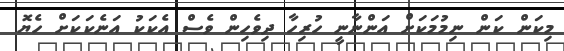
މިކަން ކަން ނިމުމަކަށް އަންނާނީ ހުރިހާ ދިވެހިން ވެސް އެކަކު އަނެކަކަށް ހެޔޮ